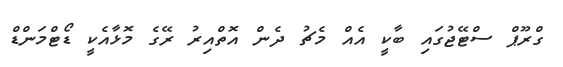
ގްރޫޕް ސްޓޭޖުގައި ބާކީ އެއް މެޗު ދެން އޮތްއިރު ރޭގެ މޮޅާއެކީ ޑޯޯޓްމަންޑް